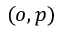
( o , p )